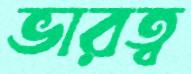
ভারত্ব